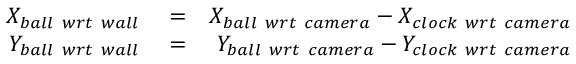
\begin{array} { r l r } { X _ { b a l l ~ w r t ~ w a l l } } & { { } = } & { X _ { b a l l ~ w r t ~ c a m e r a } - X _ { c l o c k ~ w r t ~ c a m e r a } } \\ { Y _ { b a l l ~ w r t ~ w a l l } } & { { } = } & { Y _ { b a l l ~ w r t ~ c a m e r a } - Y _ { c l o c k ~ w r t ~ c a m e r a } } \end{array}